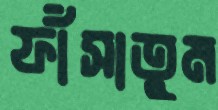
ফাঁসাতুম